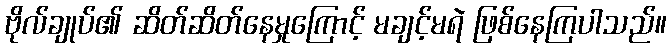
ဗိုလ်ချုပ်၏ ဆိတ်ဆိတ်နေမှုကြောင့် မချင့်မရဲ ဖြစ်နေကြပါသည်။